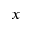
x